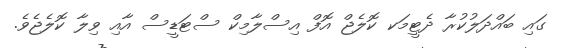
ގައި ބައްދަލުކުރާ ދެޓީމަކ ކޮލެޖް އޮފް އިސްލާމިކް ސްޓަޑީސް އާއި ވިލާ ކޮލެޖެވެ.